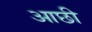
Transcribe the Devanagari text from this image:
आछी